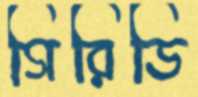
গিরিডি